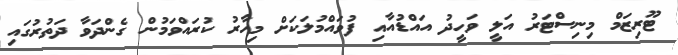
ޓޫރިޒަމް މިނިސްޓަރު އަލީ ވަހީދު އައްޑުއާއި ފުވައްމުލަކަށް މިހާރު ކުރައްވަމުން ގެންދަވާ ދަތުރުގައި